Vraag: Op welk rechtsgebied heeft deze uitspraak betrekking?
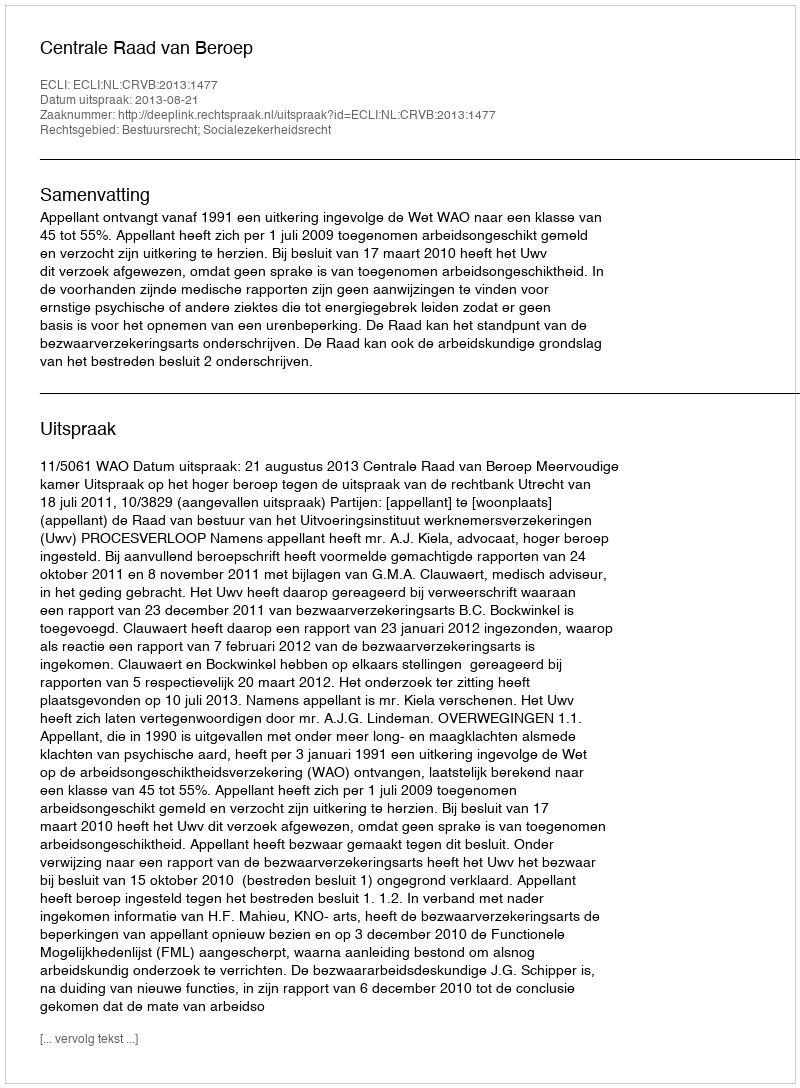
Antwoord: Bestuursrecht; Socialezekerheidsrecht